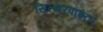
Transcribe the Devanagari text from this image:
सिल्वरपॉइंट।